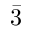
\bar { 3 }